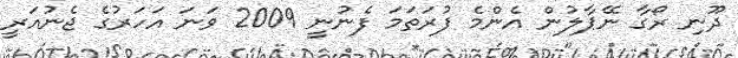
ދޫނި ރޯގާ ނޭޕާލުން އެންމެ ފުރަތަމަ ފެނުނީ 2009 ވަނަ އަހަރުގެ ޖެނުއަރީ